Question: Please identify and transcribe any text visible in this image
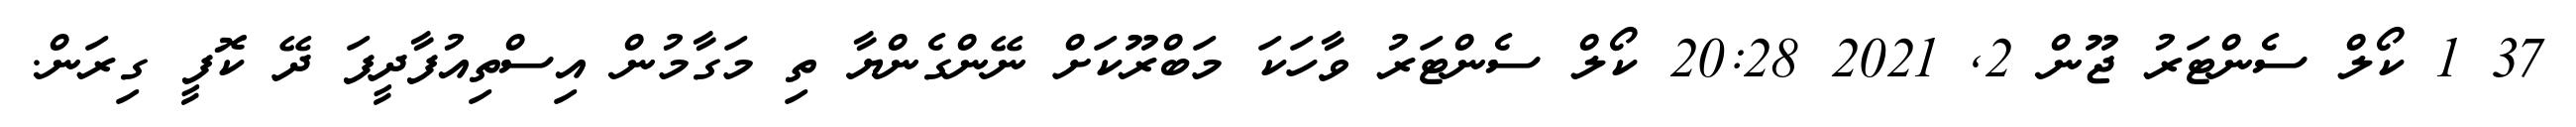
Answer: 37 1 ކޯލް ސެންޓަރު ޖޫން 2, 2021 20:28 ކޯލް ސެންޓަރު ވާހަކަ މަބްރޫކަށް ނޭންގެންޔާ ތި މަގާމުން އިސްތިއުފާދީފަ ދޭ ކޮފީ ގިރަން.